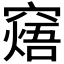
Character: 𥧸